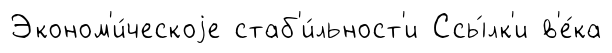
Эконом'и́ческоjе стаб'и́льност'и Ссы́лк'и в'е́ка